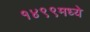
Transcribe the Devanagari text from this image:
१४९९मध्ये